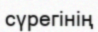
сүрегінің